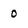
Character: 0